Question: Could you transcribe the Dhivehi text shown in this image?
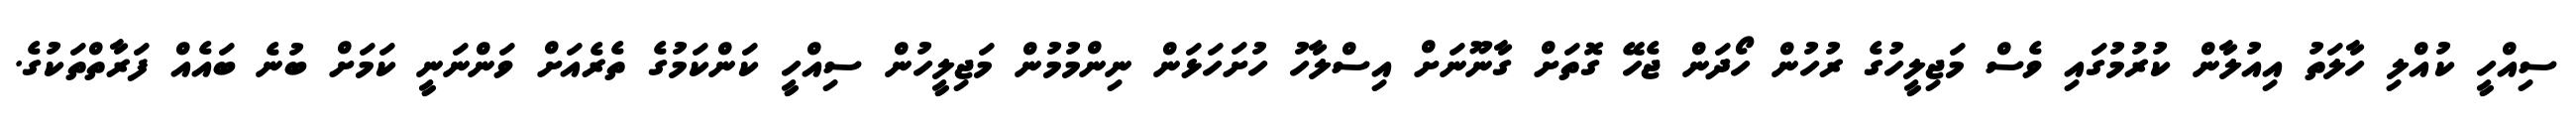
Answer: ސިއްހީ ކުއްލި ހާލަތު އިއުލާން ކުރުމުގައި ވެސް މަޖިލީހުގެ ރުހުން ހޯދަން ޖެހޭ ގޮތަށް ގާނޫނަށް އިސްލާހު ހުށަހަޅަން ނިންމުމުން މަޖިލީހުން ސިއްހީ ކަންކަމުގެ ތެރެއަށް ވަންނަނީ ކަމަށް ބުނެ ބައެއް ފަރާތްތަކުގެ.